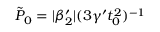
\tilde { P } _ { 0 } = | \beta _ { 2 } ^ { \prime } | ( 3 \gamma ^ { \prime } t _ { 0 } ^ { 2 } ) ^ { - 1 }